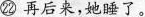
㉒ 再后来，她睡了。